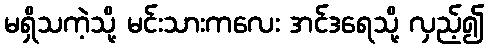
မရှိသကဲ့သို့ မင်းသားကလေး အင်ဒရေသို့ လှည့်၍